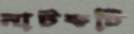
নাটকটি